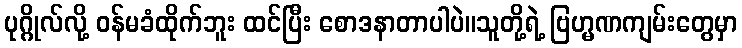
ပုဂ္ဂိုလ်လို့ ဝန်မခံထိုက်ဘူး ထင်ပြီး စောဒနာတာပါပဲ။သူတို့ရဲ့ ဗြဟ္မဏကျမ်းတွေမှာ